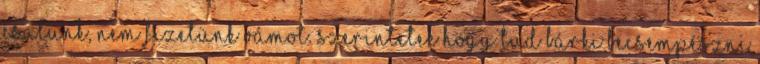
csalunk, nem fizetünk vámot. Szerintetek hogy tud bárki becsempészni